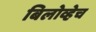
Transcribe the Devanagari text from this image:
बिलोव्हेच